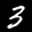
Label: 3